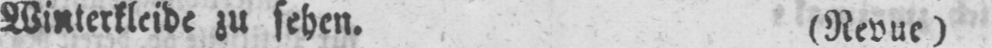
Winterkleide zu sehen. (Revue)